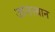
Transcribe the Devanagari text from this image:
जालस्थान